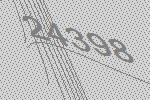
24398